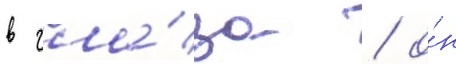
в гла́за / о́н